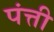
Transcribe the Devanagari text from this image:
पंत्ती